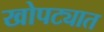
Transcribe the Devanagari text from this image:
खोपट्यात